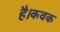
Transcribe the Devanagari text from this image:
है।कवक